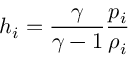
h _ { i } = \frac { \gamma } { \gamma - 1 } \frac { p _ { i } } { \rho _ { i } }